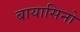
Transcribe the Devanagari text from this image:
बायासिनो